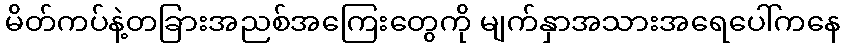
မိတ်ကပ်နဲ့တခြားအညစ်အကြေးတွေကို မျက်နှာအသားအရေပေါ်ကနေ